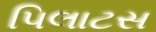
પિલાટસ